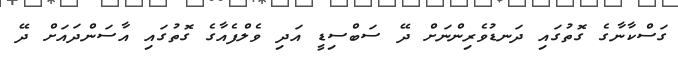
ގަސްކާނާގެ ގޮތުގައި ދަނޑުވެރިންނަށް ދޭ ސަބްސިޑީ އަދި ވެލްފެއާގެ ގޮތުގައި އާސަންދައަށް ދޭ